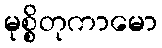
မုစ္စိတုကာမော